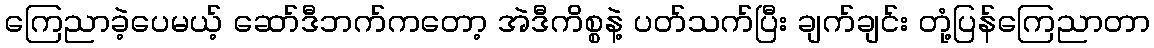
ကြေညာခဲ့ပေမယ့် ဆော်ဒီဘက်ကတော့ အဲဒီကိစ္စနဲ့ ပတ်သက်ပြီး ချက်ချင်း တုံ့ပြန်ကြေညာတာ